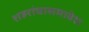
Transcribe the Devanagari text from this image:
शहरांचासमावेश